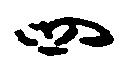
四